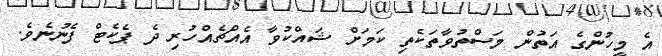
އެ މީހުންގެ އަތުން މަސްތުވާތަކެތި ކަމަށް ޝައްކުވާ އެއްޗެއްހުރި ދެ ޕެކެޓް ފެނުނެވެ.